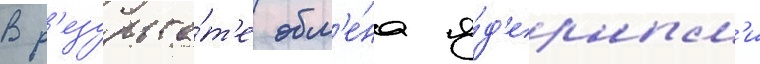
В р'езульта́т'е обм'е́на я́д'ерным'и